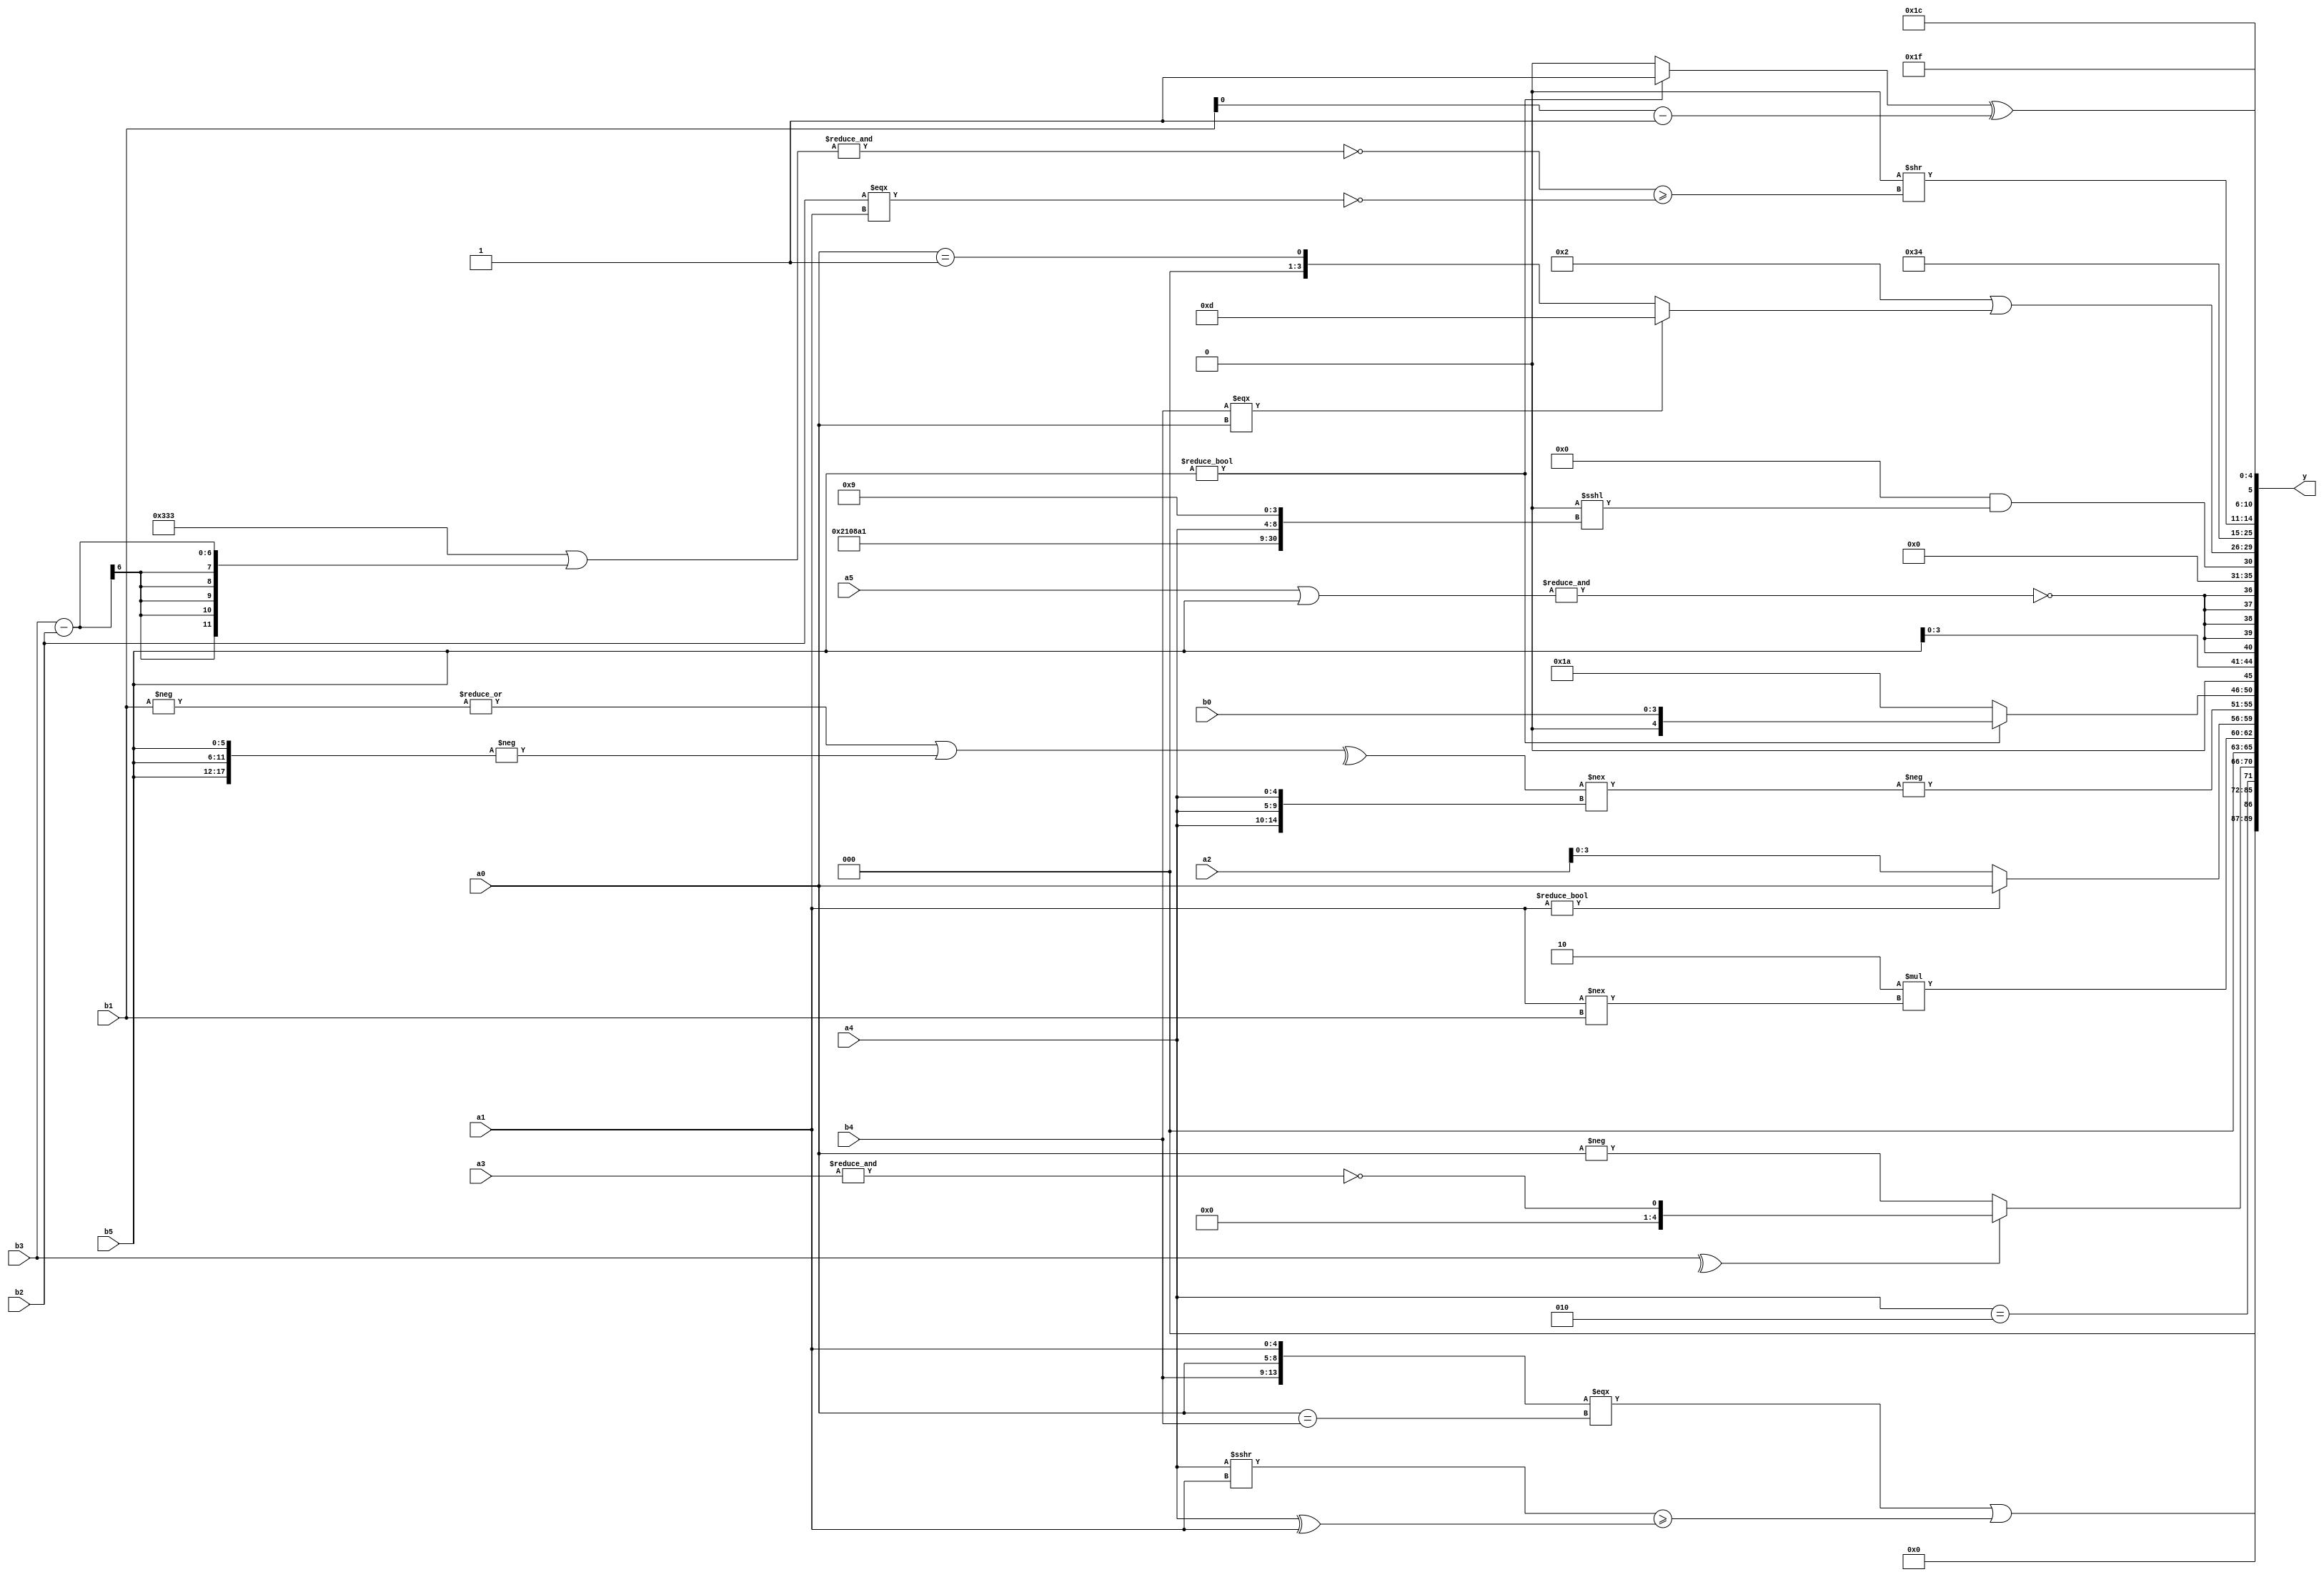
module expression_00790(a0, a1, a2, a3, a4, a5, b0, b1, b2, b3, b4, b5, y);
  input [3:0] a0;
  input [4:0] a1;
  input [5:0] a2;
  input signed [3:0] a3;
  input signed [4:0] a4;
  input signed [5:0] a5;

  input [3:0] b0;
  input [4:0] b1;
  input [5:0] b2;
  input signed [3:0] b3;
  input signed [4:0] b4;
  input signed [5:0] b5;

  wire [3:0] y0;
  wire [4:0] y1;
  wire [5:0] y2;
  wire signed [3:0] y3;
  wire signed [4:0] y4;
  wire signed [5:0] y5;
  wire [3:0] y6;
  wire [4:0] y7;
  wire [5:0] y8;
  wire signed [3:0] y9;
  wire signed [4:0] y10;
  wire signed [5:0] y11;
  wire [3:0] y12;
  wire [4:0] y13;
  wire [5:0] y14;
  wire signed [3:0] y15;
  wire signed [4:0] y16;
  wire signed [5:0] y17;

  output [89:0] y;
  assign y = {y0,y1,y2,y3,y4,y5,y6,y7,y8,y9,y10,y11,y12,y13,y14,y15,y16,y17};

  localparam [3:0] p0 = (&(3'd7));
  localparam [4:0] p1 = {(3'd3),(3'd5),(2'd0)};
  localparam [5:0] p2 = ((~&(((4'sd3)<=(3'sd1))+{2{(4'd4)}}))-(((2'sd1)&&(4'd0))===((2'd3)<(4'd9))));
  localparam signed [3:0] p3 = ({((-5'sd12)?(4'sd4):(3'sd3))}?{(3'sd2),(5'd26),(3'sd3)}:((5'sd6)?(2'd3):(4'sd4)));
  localparam signed [4:0] p4 = ((&(3'd5))?((5'd2)?(4'd5):(-5'sd5)):((3'd5)?(2'd0):(-5'sd12)));
  localparam signed [5:0] p5 = (((-4'sd5)?(3'd6):(5'sd12))?{(4'sd6),(5'sd6),(4'sd1)}:((-5'sd1)<=(3'sd1)));
  localparam [3:0] p6 = {{4{(3'sd1)}},(~^(2'd0)),((5'd12)&&(-2'sd1))};
  localparam [4:0] p7 = (((5'd16)<(5'd25))/(-4'sd4));
  localparam [5:0] p8 = (-4'sd6);
  localparam signed [3:0] p9 = {{(2'd3)},{(4'd4)},(6'd2 * (3'd7))};
  localparam signed [4:0] p10 = (((-3'sd1)/(-3'sd1))*(-((5'sd5)*(3'd6))));
  localparam signed [5:0] p11 = ({((3'd6)<=(3'd7)),(4'd5),{2{(4'd7)}}}<<<{((3'd0)^(3'sd3)),{(2'd3)}});
  localparam [3:0] p12 = (&(-4'sd7));
  localparam [4:0] p13 = {2{{(+{2{(2'sd0)}})}}};
  localparam [5:0] p14 = ({3{(-3'sd3)}}<<<({2{(-5'sd8)}}!==(2'd1)));
  localparam signed [3:0] p15 = {1{(!{4{(((-5'sd9)|(-4'sd7))^(~^(4'sd2)))}})}};
  localparam signed [4:0] p16 = (~|(+(!(~&(-(~|(-(+(^(+(^(!(!(~(5'd4)))))))))))))));
  localparam signed [5:0] p17 = ({{(-4'sd1)},{(4'd4),(3'd3)},{(3'sd1)}}>>(((5'd29)&(-3'sd2))>=((3'd2)^(4'd12))));

  assign y0 = {(({b4,a0,a1}==={(a0==b4)})|((a4>>>a1)>={(a4^a1)}))};
  assign y1 = {3{{1{(^{4{p17}})}}}};
  assign y2 = (p0?p4:p5);
  assign y3 = ((p5?p3:a1)?(a4==p10):(b1!==a0));
  assign y4 = (((^b3)?(~&a3):(-a0)));
  assign y5 = (+(4'd2 * (a1!==b1)));
  assign y6 = (a1?a0:a2);
  assign y7 = (-{(|(-((^((|(-b1))|(-{3{b5}})))!=={3{(+a4)}})))});
  assign y8 = {(!(^(p12?a2:p10))),(b5?b0:p8),(&(^(^p1)))};
  assign y9 = {4{{a0,a0,b5}}};
  assign y10 = $signed({(~|(&(a5|b5)))});
  assign y11 = ({{({3{{p13,p11}}})}}&&($signed(((p14<p9)>$unsigned(p10)))<<<{{p5,p16,p10},{p5,a4},(p15-p6)}));
  assign y12 = ({1{{1{((&(a2?a1:p2))?{a4,p12}:(p1?p10:p6))}}}}|((b4===a0)?(~{p10}):(a0==p16)));
  assign y13 = (-2'sd0);
  assign y14 = (4'd2 * (5'd26));
  assign y15 = ({2{(5'd2 * (&(p2<<<p0)))}}>>((~&({3{p3}}|(b3-b2)))>=((b2===a1)^(p5||p1))));
  assign y16 = (-3'sd1);
  assign y17 = {{b3,p12,a5},((b5?p2:p4)^(b1-p2)),(5'd28)};
endmodule